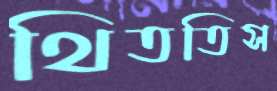
থিততিস